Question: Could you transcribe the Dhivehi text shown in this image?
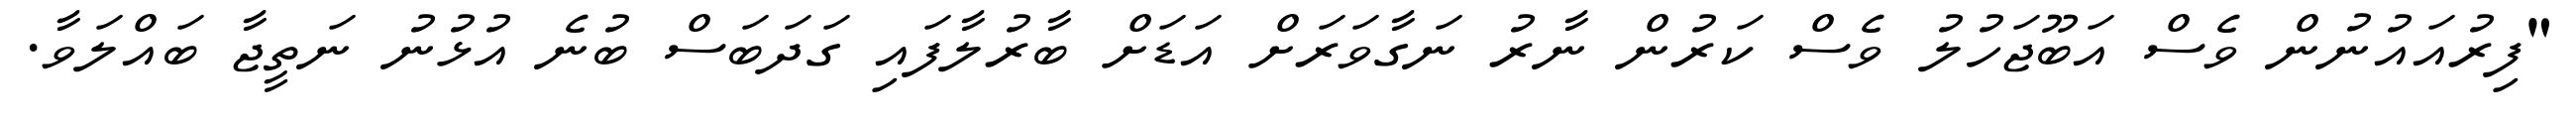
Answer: "ފިރުއައުނުން ވެސް އަބޫޖަހުލު ވެސް ކަރުން ނާރު ނަގާވަރަށް އަޑަށް ބާރުލާފައި ގަދަބަސް ބުނެ އުޅުނު ނަތީޖާ ބައްލަވާ.